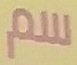
سم